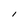
Character: 1